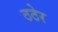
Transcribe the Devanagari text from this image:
ठठेर